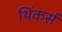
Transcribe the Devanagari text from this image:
थिंकर्स